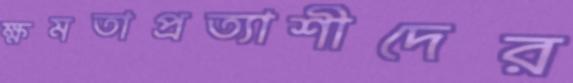
ক্ষমতাপ্রত্যাশীদের